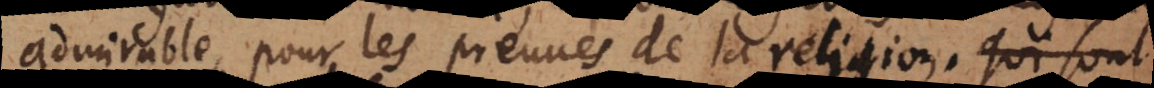
admirable pour les preuves de la religion. Je ne